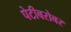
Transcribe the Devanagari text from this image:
पेटीबरोबर